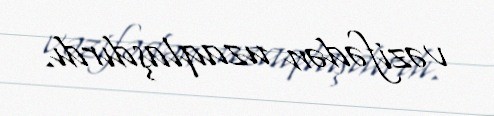
vəzifədən uzaqlaşdırdı.